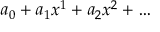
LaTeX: a _ { 0 } + a _ { 1 } x ^ { 1 } + a _ { 2 } x ^ { 2 } + \dots